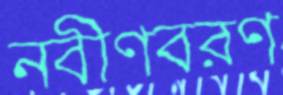
নবীণবরণ